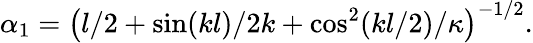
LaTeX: \alpha_{1}=\left(l/2+\sin(kl)/2k+\cos^{2}(kl/2)/\kappa\right)^{-1/2}.